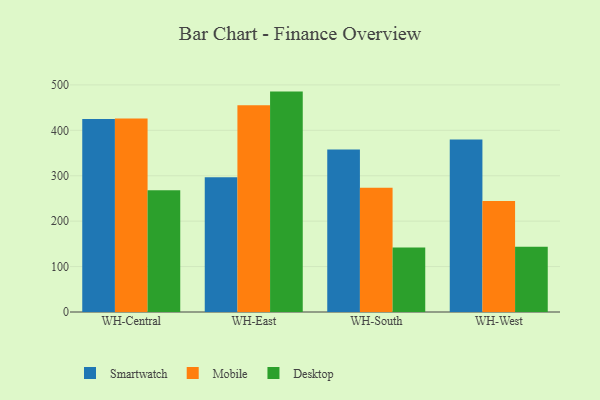
{"axis": {"x": "Warehouse", "y": "Churn Rate (%)"}, "legend": ["Desktop", "Mobile", "Smartwatch"], "data": [{"x": "WH-Central", "y": 425.2, "type": "Smartwatch"}, {"x": "WH-Central", "y": 425.8, "type": "Mobile"}, {"x": "WH-Central", "y": 268.0, "type": "Desktop"}, {"x": "WH-East", "y": 296.5, "type": "Smartwatch"}, {"x": "WH-East", "y": 455.4, "type": "Mobile"}, {"x": "WH-East", "y": 485.3, "type": "Desktop"}, {"x": "WH-South", "y": 358.0, "type": "Smartwatch"}, {"x": "WH-South", "y": 273.8, "type": "Mobile"}, {"x": "WH-South", "y": 142.2, "type": "Desktop"}, {"x": "WH-West", "y": 379.9, "type": "Smartwatch"}, {"x": "WH-West", "y": 244.5, "type": "Mobile"}, {"x": "WH-West", "y": 143.9, "type": "Desktop"}]}